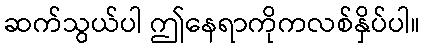
ဆက်သွယ်ပါ ဤနေရာကိုကလစ်နှိပ်ပါ။